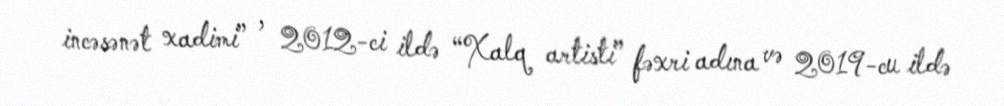
incəsənət xadimi” , 2012-ci ildə “Xalq artisti” fəxri adına və 2019-cu ildə